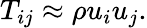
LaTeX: T_{ij}\approx\rho u_{i}u_{j}.